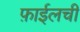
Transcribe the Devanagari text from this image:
फ़ाईलची